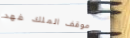
موقف الملك فهد